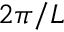
2 \pi / L